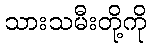
သားသမီးတို့ကို